Civil Veterinary Dept. Bombay admin report 1932-41 - 1932-1941
Year: 1932
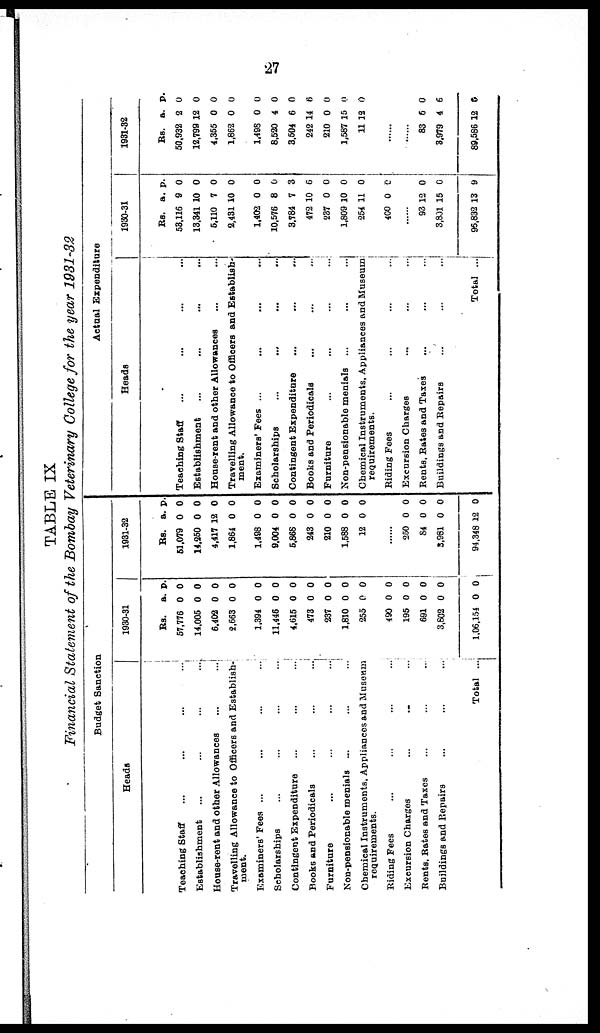
27
TABLE IX
Financial Statement of the Bombay Veterinary College for the year 1931-32
Budget Sanction
Heads
Teaching Staff ... ... ... ...
Establishment ... ... ... ...
House-rent and other Allowances ... ...
Travelling Allowance to Officers and Establish-
ment.
Examiners' Fees ... ... ... ...
Scholarships ... ... ... ...
Contingent Expenditure ... ... ...
Books and Periodicals ... ... ...
Furniture ... ... ... ...
Non-pensionable menials .. ... ...
Chemical Instruments, Appliances and Museum
requirements.
Riding Fees ... ... ... ...
Excursion Charges ... ... ...
Bents, Bates and Taxes ... ... ...
Buildings and Repairs ... ... ... ...
Total ...
1930-31
Rs.
57,776
14,005
6,402
2,663
1,394
11,446
4,615
473
237
1,810
255
490
195
691
3,802
1,06,154
a.
0
0
0
0
0
0
0
0
0
0
0
0
0
0
0
0
p.
0
0
0
0
0
0
0
0
0
0
0
0
0
0
0
0
1931-32
RS.
51,079
14,250
4,417
1,864
1,498
9,004
5,868
243
210
1,588
12
......
250
84
3,981
94,348
a.
0
0
12
0
0
0
0
0
0
0
0
0
0
0
12
p.
0
0
0
0
0
0
0
0
0
0
0
0
0
0
0
Actual Expenditure
Heads
Teaching Staff ... ... ... ...
Establishment ... ... ... ...
House-rent and other Allowances ... ...
Travelling Allowance to Officers and Establish-
ment.
Examiners' Fees ... ... ... ...
Scholarships ... ... ... ...
Contingent Expenditure ... ... ... ...
Books and Periodicals ... ... ... ...
Furniture ... ... ... ...
Non-pensionable menials ... ... ...
Chemical Instruments, Appliances and Museum
requirements.
Riding Fees ... ... ... ...
Excursion Charges ... ... ...
Rents, Rates and Taxes ... ... ...
Buildings and Repairs ... ... ...
Total ...
1930-31
Rs.
53,116
13,341
5,110
2,431
1,402
10.576
3.784
472
237
1,809
254
400
......
93
3,801
95,832
a.
9
10
7
10
0
8
7
10
0
10
11
0
12
15
13
p.
0
0
0
0
0
0
3
6
0
0
0
0
0
0
9
1931-32
Rs.
50,932
12,799
4,355
1,862
1,498
8,520
3.504
242
210
1,587
11
......
......
83
3,979
89,586
a.
2
12
0
0
0
4
6
14
0
15
12
6
4
12
p.
0
0
0
0
0
0
0
6
0
0
0
0
6
9